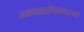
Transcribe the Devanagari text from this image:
अन्नवस्त्रादिकाकरता